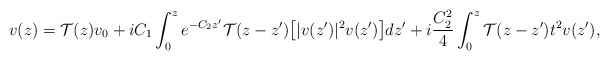
\begin{align*}v(z) = \mathcal{T}(z)v_0 + iC_1\int_0^z e^{-C_2 z^\prime}\mathcal{T}(z-z^\prime)\big[|v(z^\prime)|^2v(z^\prime)\big]dz^\prime + i\frac{C_2^2}{4}\int_0^z\mathcal{T}(z-z^\prime)t^2v(z^\prime),\end{align*}